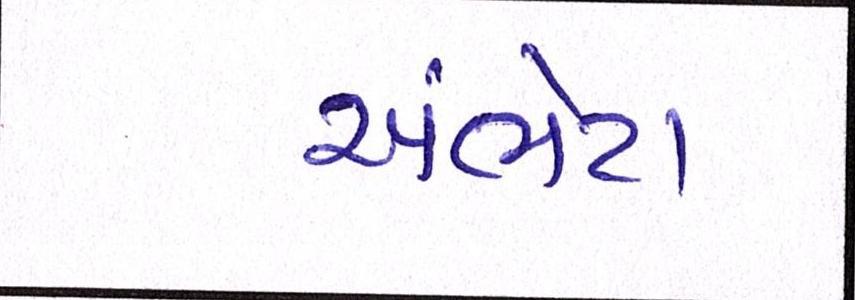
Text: અંભેટા